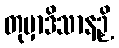
တုမှာဒိသာနဉှိ